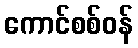
ကောင်စစ်ဝန်